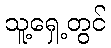
သူ့ရှေ့တွင်